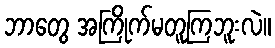
ဘာတွေ အကြိုက်မတူကြဘူးလဲ။